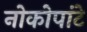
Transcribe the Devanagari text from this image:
नोकोपांटे